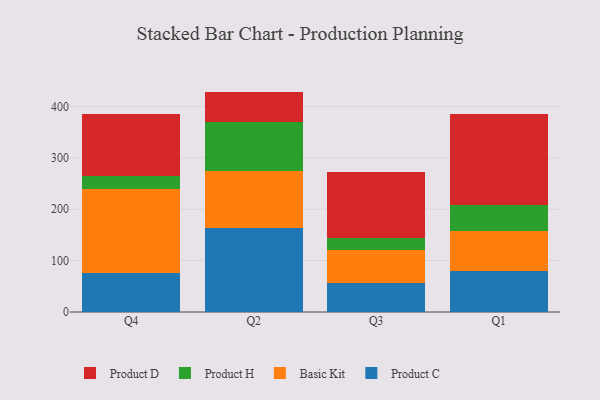
{"axis": {"x": "Quarter", "y": "Tickets Resolved"}, "legend": ["Basic Kit", "Product C", "Product D", "Product H"], "data": [{"x": "Q4", "y": 75.8, "type": "Product C"}, {"x": "Q4", "y": 162.7, "type": "Basic Kit"}, {"x": "Q4", "y": 25.7, "type": "Product H"}, {"x": "Q4", "y": 121.5, "type": "Product D"}, {"x": "Q2", "y": 163.0, "type": "Product C"}, {"x": "Q2", "y": 111.9, "type": "Basic Kit"}, {"x": "Q2", "y": 94.2, "type": "Product H"}, {"x": "Q2", "y": 59.9, "type": "Product D"}, {"x": "Q3", "y": 55.8, "type": "Product C"}, {"x": "Q3", "y": 65.6, "type": "Basic Kit"}, {"x": "Q3", "y": 21.8, "type": "Product H"}, {"x": "Q3", "y": 128.5, "type": "Product D"}, {"x": "Q1", "y": 79.4, "type": "Product C"}, {"x": "Q1", "y": 78.4, "type": "Basic Kit"}, {"x": "Q1", "y": 50.0, "type": "Product H"}, {"x": "Q1", "y": 177.9, "type": "Product D"}]}